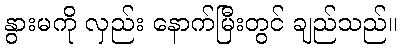
နွားမကို လှည်း နောက်မြီးတွင် ချည်သည်။